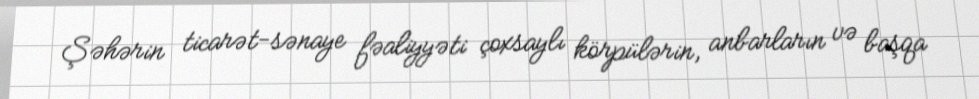
Şəhərin ticarət-sənaye fəaliyyəti çoxsaylı körpülərin, anbarların və başqa